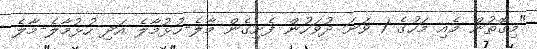
"މިގޮތުން މެއި މަހުގެ 1 ވަނަ ދުވަހުން ފެށިގެން މާލެ-ހުޅުމާލެ އަދި ހުޅުމާލެ-މާލެ